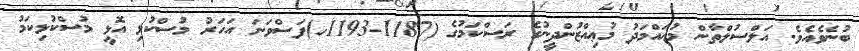
ބުނެވެއެވެ. އަލްސުލްތާން މުޙައްމަދު މުޢިއްޒުންދީނުގެ ރަސްކަމުގެ (1187-1193ހ)ފަސްވަނަ އަހަރު މުސްކުޅި އޮޅީ މުސްކުޅިކަމު